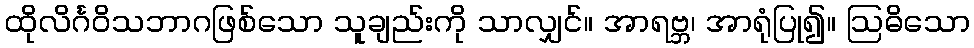
ထိုလိင်္ဂဝိသဘာဂဖြစ်သော သူချည်းကို သာလျှင်။ အာရဗ္ဘ၊ အာရုံပြု၍။ ဩဓိသော